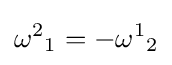
{\omega ^{2}}_{1}=-{\omega ^{1}}_{2}